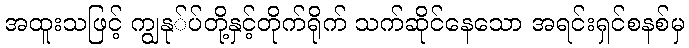
အထူးသဖြင့် ကျွနု်ပ်တို့နှင့်တိုက်ရိုက် သက်ဆိုင်နေသော အရင်းရှင်စနစ်မှ